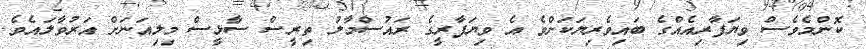
ކޮންމެވެސް ވިޔަފާރިއެއްގެ ބައިވެރިޔަކަށްވެ އެ ވިޔަފާރީގެ ރައުސްމާލު ތިރީސް ސާޅީސް މިލިއަނަށް އަރުވާލައެވެ.